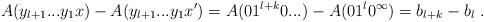
LaTeX: \begin{align*}A(y_{l+1}...y_1x) - A(y_{l+1}...y_1x') = A(01^{l+k}0...) - A(01^l0^\infty) = b_{l+k} - b_l \ .\end{align*}